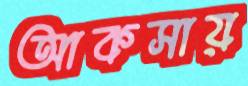
আকসায়